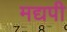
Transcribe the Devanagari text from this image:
मद्यपी